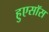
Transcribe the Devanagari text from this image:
हुएसॉस